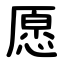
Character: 愿